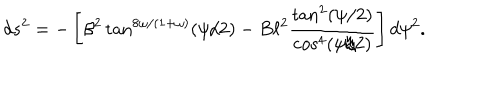
LaTeX: d s ^ { 2 } = - \left[ \beta ^ { 2 } \tan ^ { 8 \omega / ( 1 + \omega ) } ( \psi / 2 ) - B \ell ^ { 2 } \frac { \tan ^ { 2 } ( \psi / 2 ) } { \cos ^ { 4 } ( \psi / 2 ) } \right] d \psi ^ { 2 } .